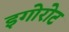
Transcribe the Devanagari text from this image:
इगोरोट